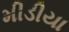
મીડીયા